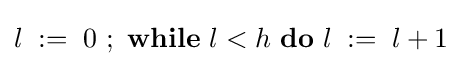
l\;:=\;0\ ;\ {\textbf {while}}\ l<h\ {\textbf {do}}\ l\;:=\;l+1